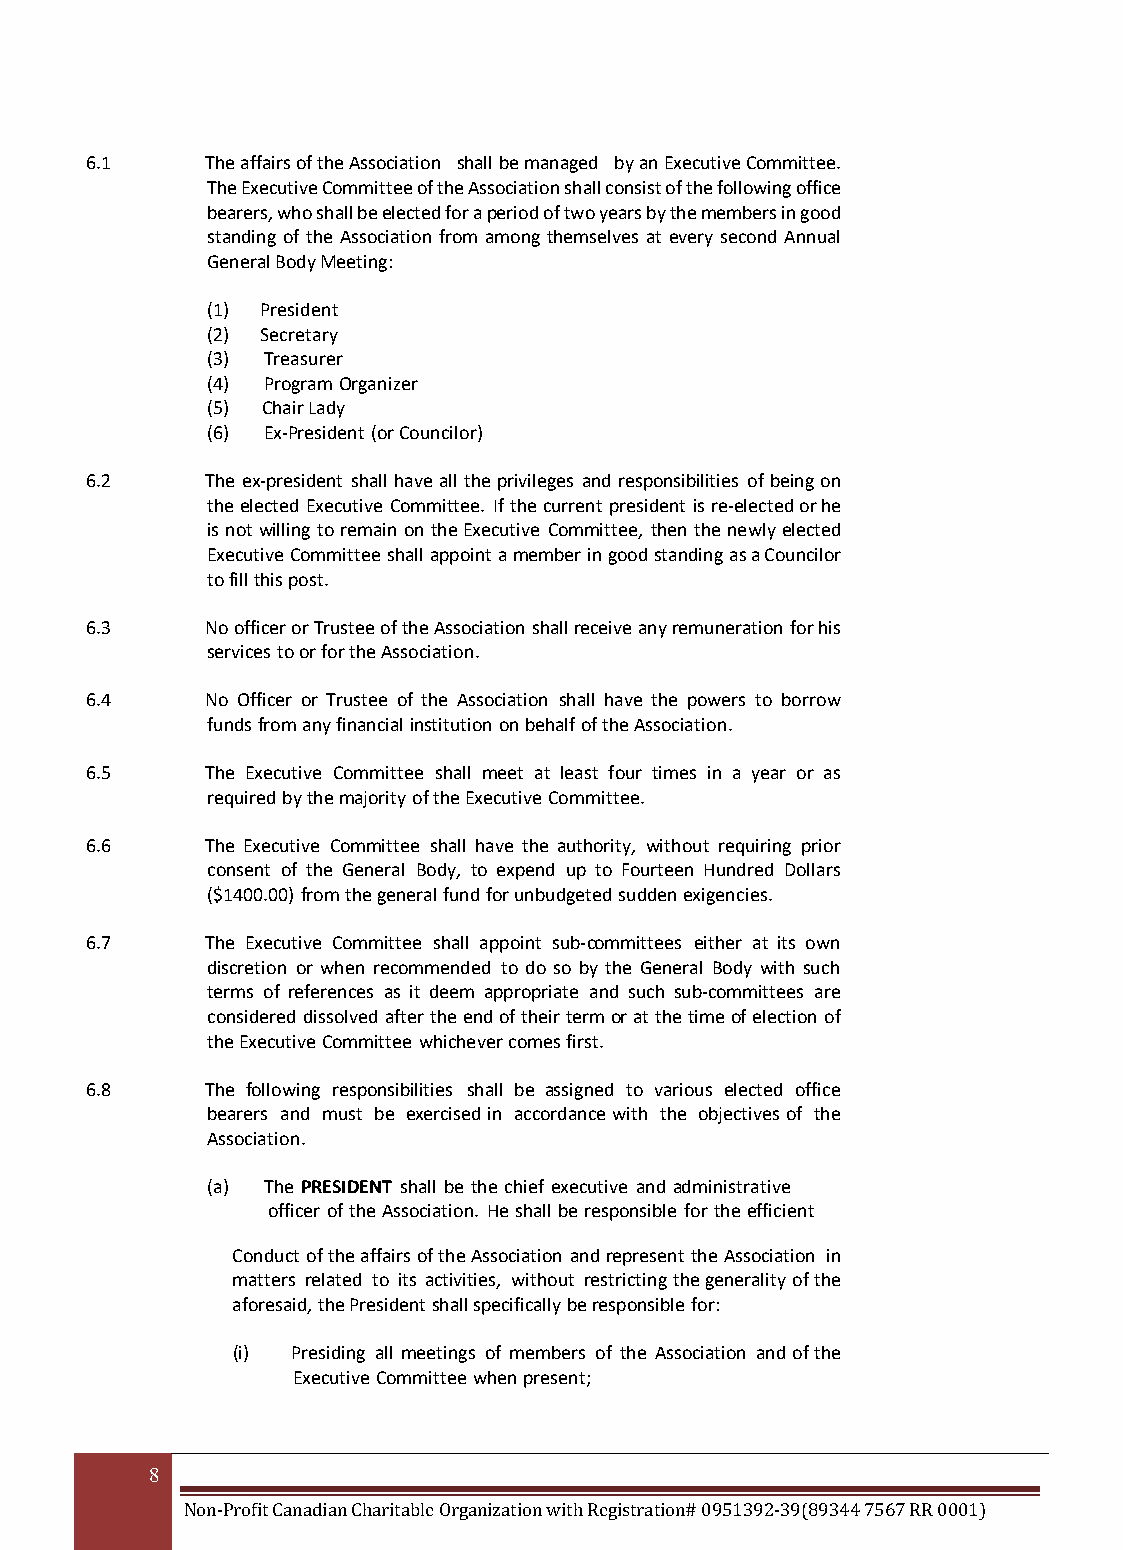
6.1     The affairs of the Association shall be managed by an Executive Committee.
 The Executive Committee of the Association shall consist of the following office
 bearers, who shall be elected for a period of two years by the members in good
 standing of the Association from among themselves at every second Annual
 General Body Meeting:
 (1) President
 (2) Secretary
 (3) Treasurer
 (4) Program Organizer
 (5) Chair Lady
 (6) Ex-President (or Councilor)
 6.2     The ex-president shall have all the privileges and responsibilities of being on
 the elected Executive Committee. If the current president is re-elected or he
 is not willing to remain on the Executive Committee, then the newly elected
 Executive Committee shall appoint a member in good standing as a Councilor
 to fill this post.
 6.3     No officer or Trustee of the Association shall receive any remuneration for his
 services to or for the Association.
 6.4     No Officer or Trustee of the Association shall have the powers to borrow
 funds from any financial institution on behalf of the Association.
 6.5     The Executive Committee shall meet at least four times in a year or as
 required by the majority of the Executive Committee.
 6.6     The Executive Committee shall have the authority, without requiring prior
 consent of the General Body, to expend up to Fourteen Hundred Dollars
 ($1400.00) from the general fund for unbudgeted sudden exigencies.
 6.7     The Executive Committee shall appoint sub-committees either at its own
 discretion or when recommended to do so by the General Body with such
 terms of references as it deem appropriate and such sub-committees are
 considered dissolved after the end of their term or at the time of election of
 the Executive Committee whichever comes first.
 6.8     The following responsibilities shall be assigned to various elected office
 bearers and must be exercised in accordance with the objectives of the
 Association.
 (a) The PRESIDENT shall be the chief executive and administrative
 officer of the Association. He shall be responsible for the efficient
 Conduct of the affairs of the Association and represent the Association in
 matters related to its activities, without restricting the generality of the
 aforesaid, the President shall specifically be responsible for:
 (i) Presiding all meetings of members of the Association and of the
 Executive Committee when present;
 8
 Non-Profit Canadian Charitable Organization with Registration# 0951392-39(89344 7567 RR 0001)